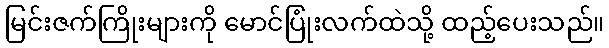
မြင်းဇက်ကြိုးများကို မောင်ပြုံးလက်ထဲသို့ ထည့်ပေးသည်။